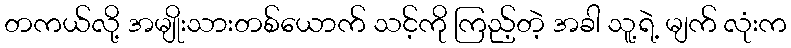
တကယ်လို့ အမျိုးသားတစ်ယောက် သင့်ကို ကြည့်တဲ့ အခါ သူ့ရဲ့ မျက် လုံးက